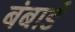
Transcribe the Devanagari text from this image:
बंबार्ड